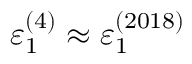
\varepsilon _ { 1 } ^ { ( 4 ) } \approx \varepsilon _ { 1 } ^ { ( 2 0 1 8 ) }